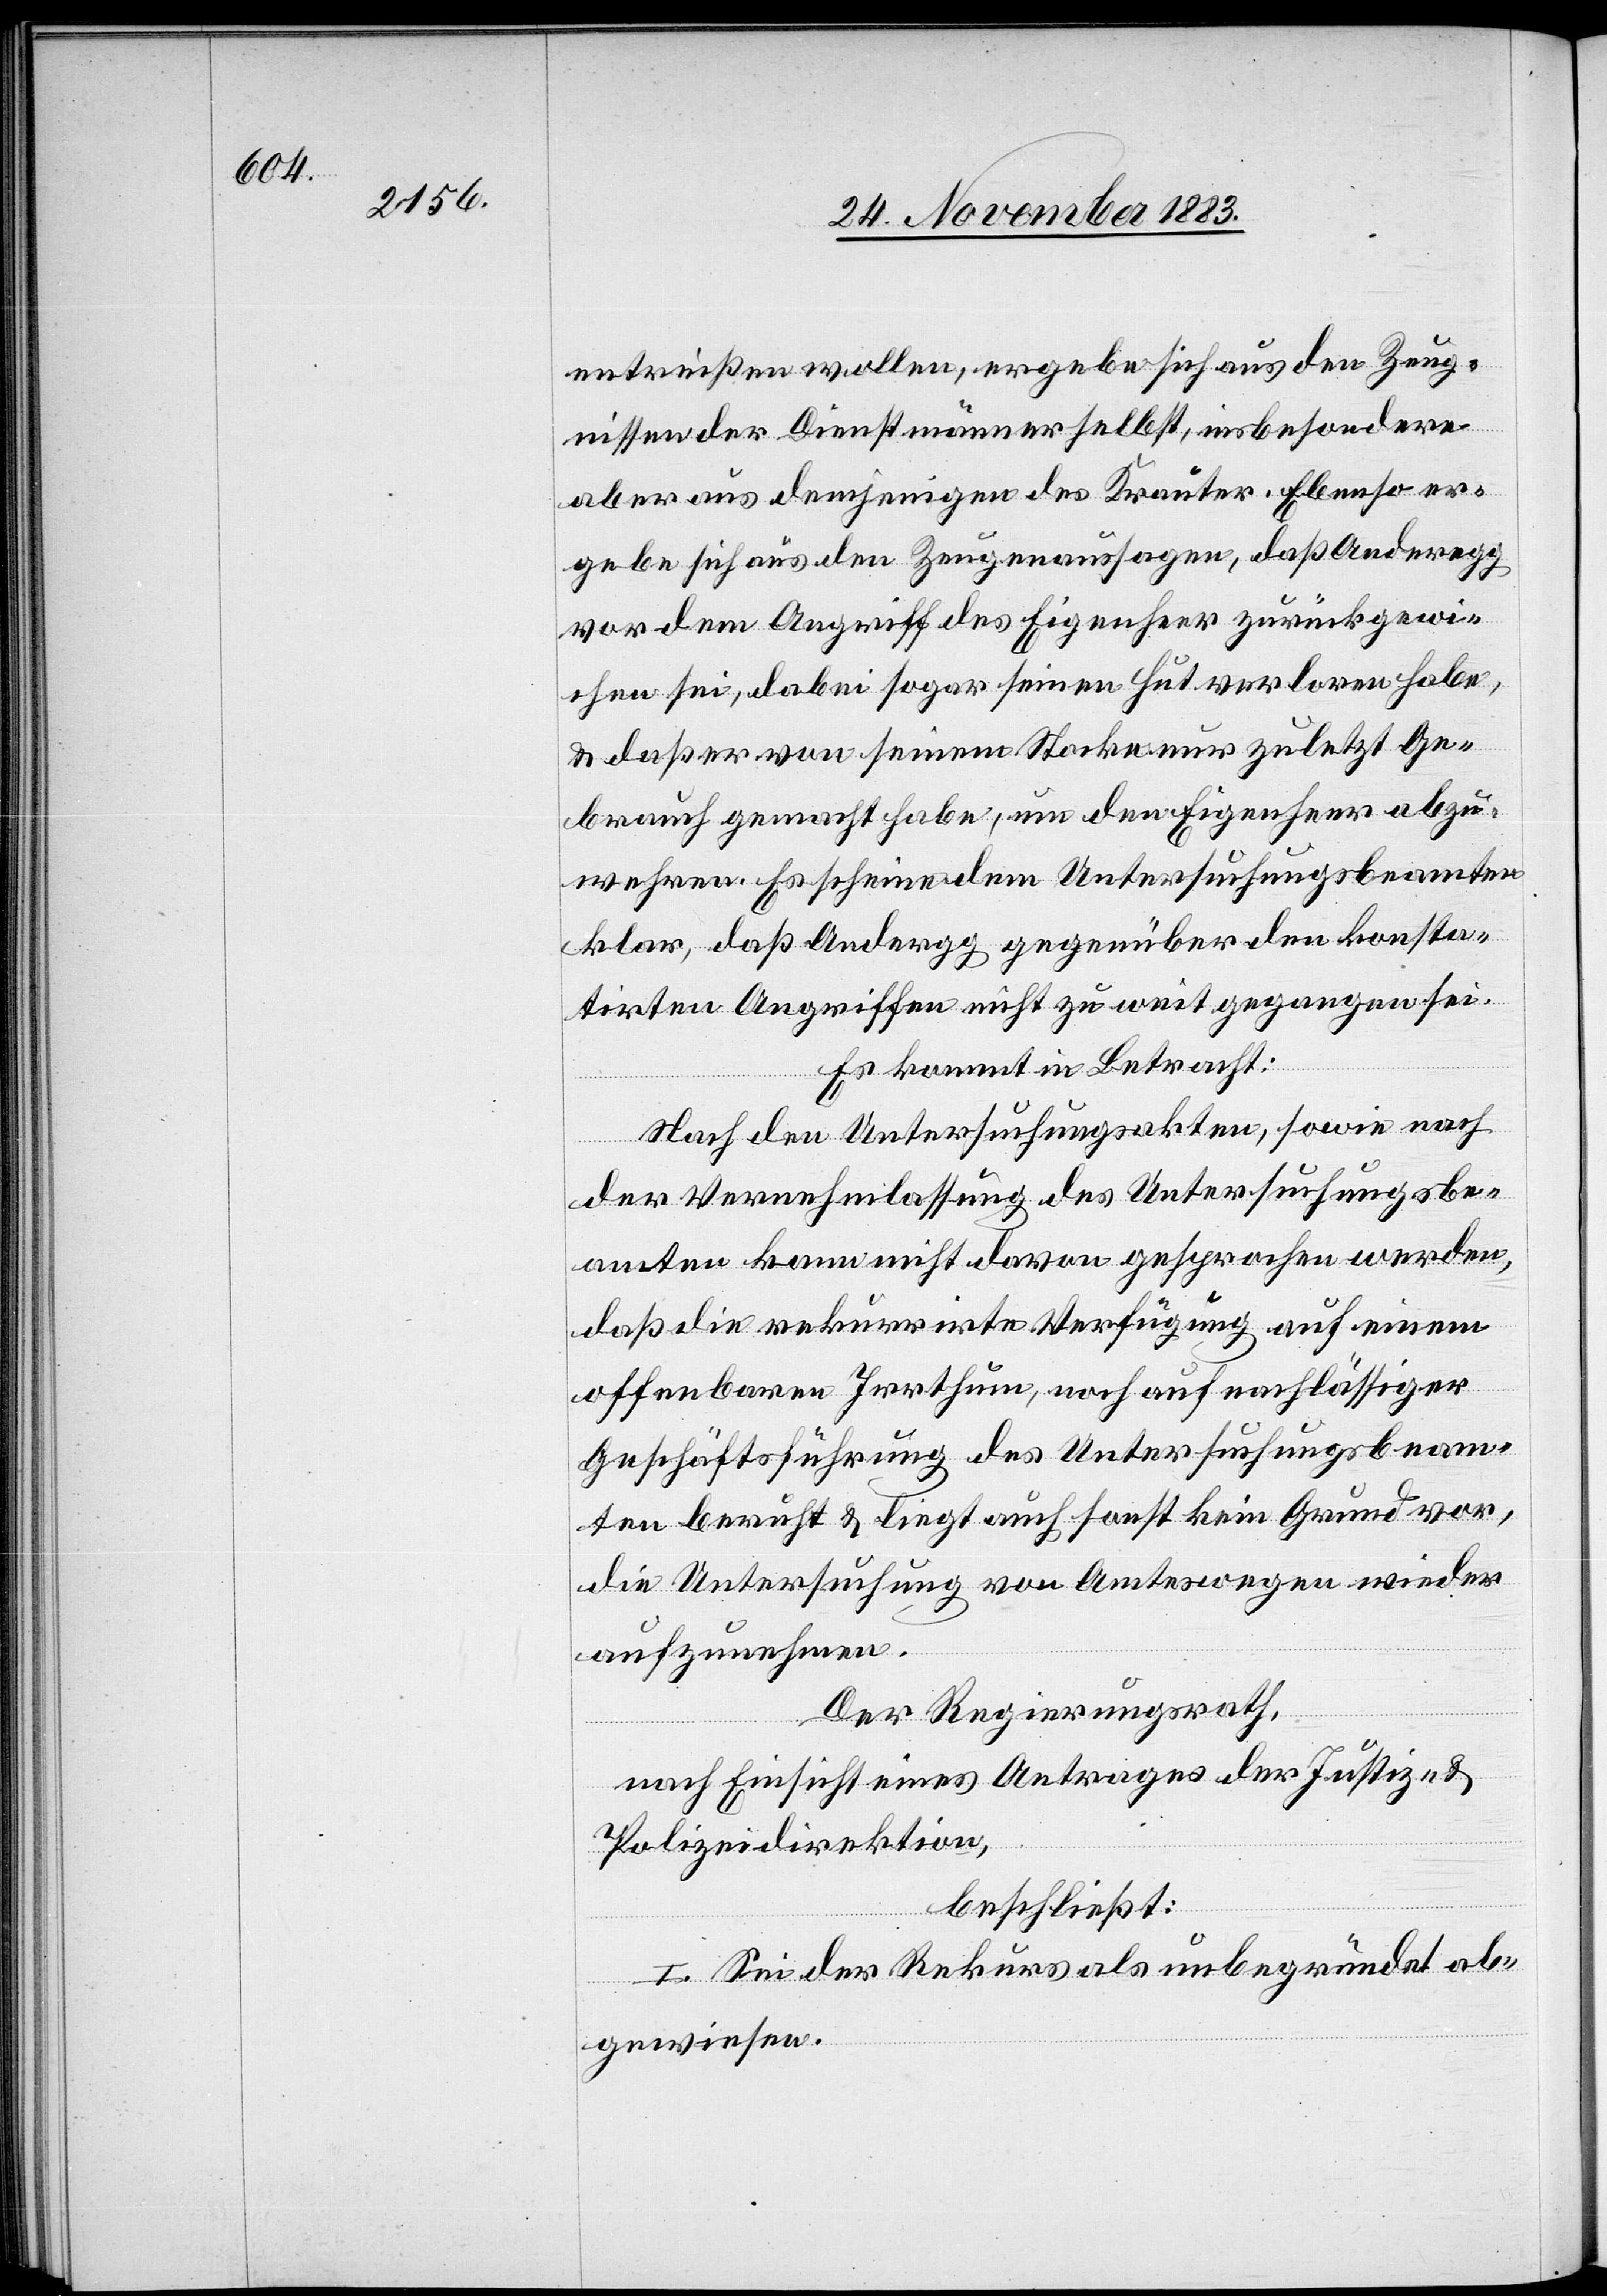
entreißen wollen, ergebe sich aus den Zeug¬
nissen der Dienstmänner selbst, insbesondere
aber aus demjenigen des Krauter. Ebenso er¬
gebe sich aus den Zeugenaussagen, daß Anderegg
vor dem Angriff des Eigenheer zurückgewie¬
sen sei, dabei sogar seinen Hut verloren habe,
& daß er von seinem Stocke nur zuletzt Ge¬
brauch gemacht habe, um den Eigenheer abzu¬
wehren. Es scheine dem Untersuchungsbeamten
klar, daß Anderegg gegenüber den konsta¬
tirten Angriffen nicht zu weit gegangen sei.
Es kommt in Betracht:
Nach den Untersuchungsakten, sowie nach
der Vernehmlassung des Untersuchungsbe¬
amten kann nicht davon gesprochen werden,
daß die rekurrirte Verfügung auf einem
offenbaren Irrthum noch auf nachlässiger
Geschäftsführung des Untersuchungsbeam¬
ten beruht & liegt auch sonst kein Grund vor,
die Untersuchung von Amteswegen wieder
aufzunehmen.
Der Regierungsrath,
nach Einsicht eines Antrages der Justiz- &
Polizeidirektion,
beschließt:
I. Sei der Rekurs als unbegründet ab¬
gewiesen.